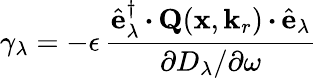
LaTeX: \gamma_{\lambda}=-\epsilon\, \frac{\hat{\mathbf{e}}_{\lambda}^{\dagger}\, {\boldsymbol{\cdot}}\, {\mathbf{Q}}(\mathbf{x},\mathbf{k}_{r})\, {\boldsymbol{\cdot}}\, \hat{\mathbf{e}}_{\lambda}}{\partial D_{\lambda}/\partial\omega}